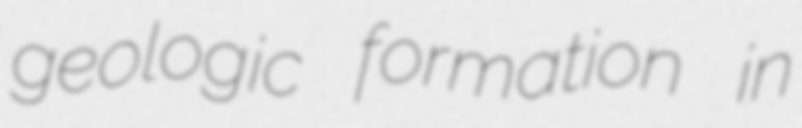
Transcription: geologic formation in